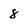
Character: 8